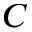
C